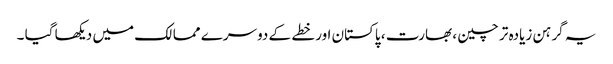
یہ گرہن زیادہ تر چین ، بھارت ، پاکستان اور خطے کے دوسرے ممالک میں دیکھا گیا ۔